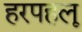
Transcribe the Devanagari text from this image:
हरपहलू